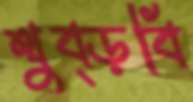
থুব্‌ড়বি